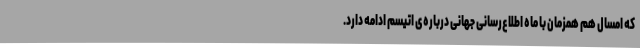
که امسال هم همزمان با ماه اطلاع‌رسانی جهانی درباره‌ی اتیسم ادامه دارد.